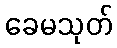
ခေမသုတ်